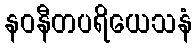
နဝနီတပရိယေသနံ